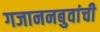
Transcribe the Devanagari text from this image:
गजाननबुवांची